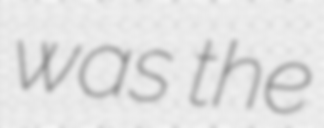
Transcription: was the